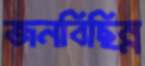
জনবিছিন্ন